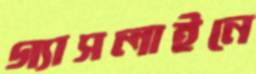
গ্যাসলাইনে